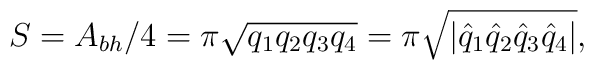
S=A_{bh}/4=\pi \sqrt{q_1 q_2 q_3 q_4}=\pi \sqrt{|\hat q_1 \hat q_2\hat q_3 \hat q_4|},